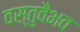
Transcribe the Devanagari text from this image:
वस्तुवैभव